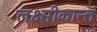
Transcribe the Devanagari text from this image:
लक्ष्मीकान्तं